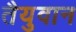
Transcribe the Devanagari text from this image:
तैयुवान